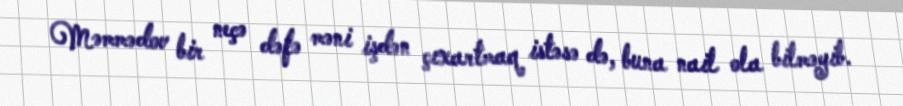
Məmmədov bir neçə dəfə məni işdən çıxartmaq istəsə də, buna nail ola bilməyib.